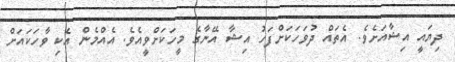
ދިޔައީ އިޝާއަށެވެ. އެތައް ދުވަހަކަށްފަހު އިޝާ އޭނާގެ މީހަކަށްވީއެވެ. އެއްމެން އެކި ވާހަކައަށް